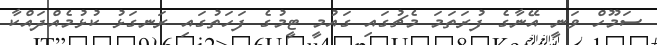
ސަމޫހް ވަނީ އޭނާގެ ފުރަތަމަ މެޗުގައި ގައުމީ ޓީމުގެ ފަހަތުގައި ރަނގަޅު ކުޅުމެއްދައްކާ